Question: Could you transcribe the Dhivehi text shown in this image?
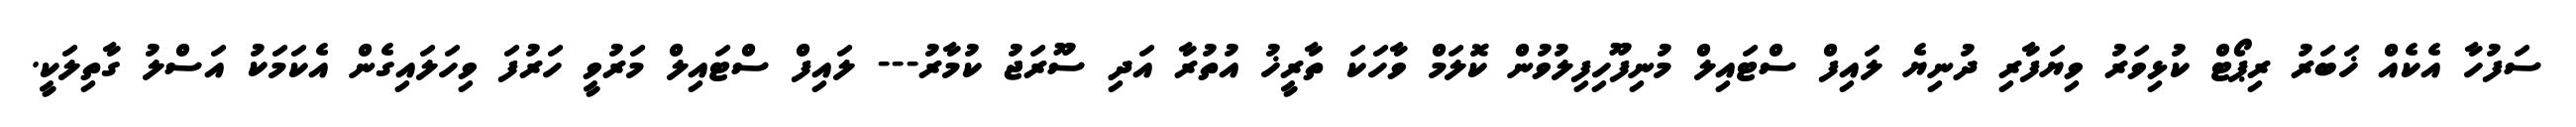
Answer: ސަފުހާ އެކެއް ޚަބަރު ރިޕޯޓް ކުޅިވަރު ވިޔަފާރި ދުނިޔެ ލައިފް ސްޓައިލް މުނިފޫހިފިލުވުން ކޮލަމް ވާހަކަ ތާރީޚު އުތުރާ އަދި ސޫރަޖު ކުމާރު--- ލައިފް ސްޓައިލް މަރުވީ ހަރުފަ ވިހަލައިގެން އެކަމަކު އަސްލު ގާތިލަކީ.